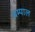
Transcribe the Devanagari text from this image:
बम्पाल